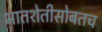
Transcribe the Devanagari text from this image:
भातशेतीसोबतच